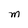
Character: M